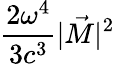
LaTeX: \frac{2\omega^{4}}{3c^{3}}|\vec{M}|^{2}